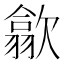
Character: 歙